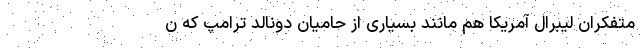
متفکران لیبرال آمریکا هم مانند بسیاری از حامیان دونالد ترامپ که ن